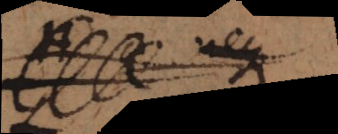
ut neque